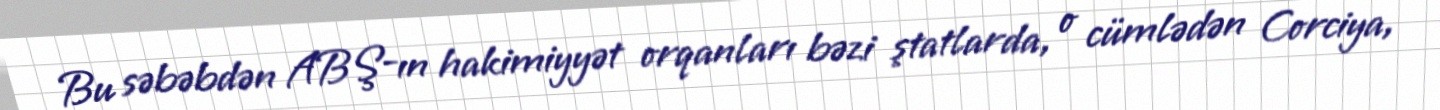
Bu səbəbdən ABŞ-ın hakimiyyət orqanları bəzi ştatlarda, o cümlədən Corciya,